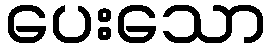
ပေးသော